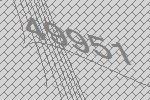
49951